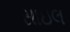
સાઇલ